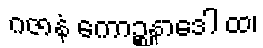
ဂဇာနံ ကောဉ္စနာဒေါ ထ၊